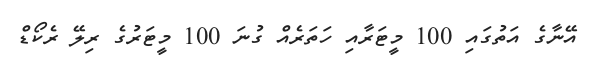
އޭނާގެ އަތުގައި 100 މީޓަރާއި ހަތަރެއް ގުނަ 100 މީޓަރުގެ ރިލޭ ރެކޯޑް